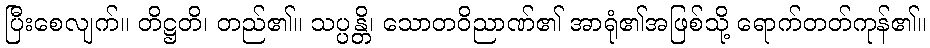
ပြီးစေလျက်။ တိဋ္ဌတိ၊ တည်၏။ သပ္ပန္တိ၊ သောတဝိညာဏ်၏ အာရုံ၏အဖြစ်သို့ ရောက်တတ်ကုန်၏။